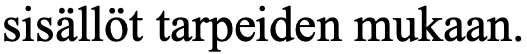
sisällöt tarpeiden mukaan.